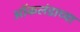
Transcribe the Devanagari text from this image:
ऑकलंडाच्या